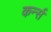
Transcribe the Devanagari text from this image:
कर्न्‍स